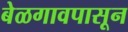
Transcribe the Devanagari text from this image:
बेळगावपासून